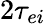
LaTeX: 2\tau_{ei}